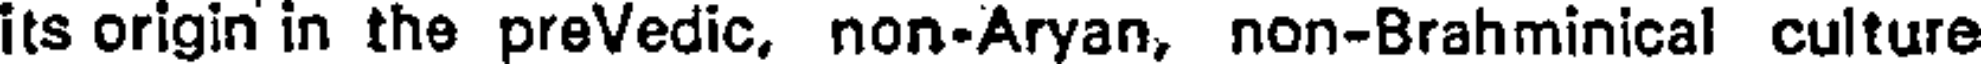
its origin in the preVedic, non-Aryan, non-Brahminical culture